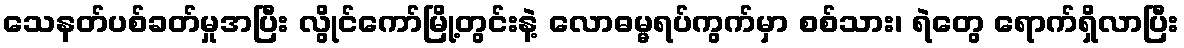
သေနတ်ပစ်ခတ်မှုအပြီး လွိုင်ကော်မြို့တွင်းနဲ့ လောဓမ္မရပ်ကွက်မှာ စစ်သား၊ ရဲတွေ ရောက်ရှိလာပြီး